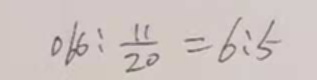
0 6 6 : \frac { 1 1 } { 2 0 } = 6 : 5